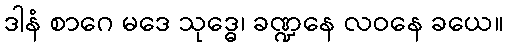
ဒါနံ စာဂေ မဒေ သုဒ္ဓေ၊ ခဏ္ဍနေ လဝနေ ခယေ။